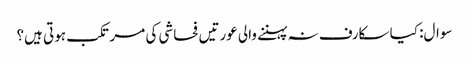
سوال: کیا سکارف نہ پہننے والی عورتیں فحاشی کی مرتکب ہوتی ہیں؟